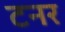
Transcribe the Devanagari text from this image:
टनर